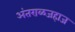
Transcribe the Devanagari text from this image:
अंतराळजहाज